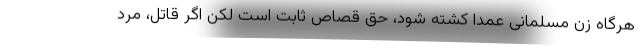
هرگاه زن مسلمانی عمداً کشته شود، حق قصاص ثابت است لکن اگر قاتل، مرد